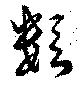
類